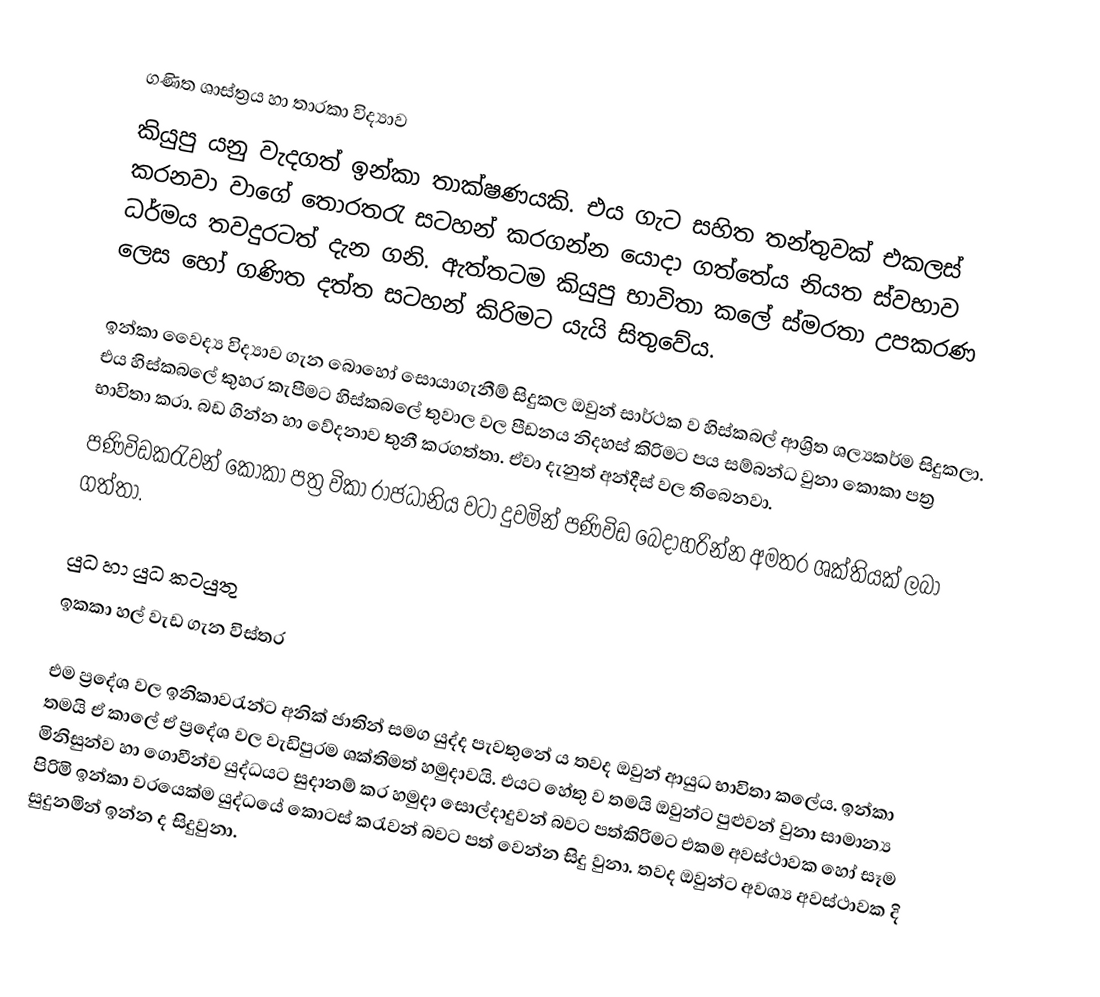
ගණිත ශාස්ත්‍රය ‍හා තාරකා විද්‍යාව
කියුපු යනු වැදගත් ඉන්කා තාක්ෂණයකි. එය ගැට සහිත තන්තුවක් එකලස් කරනවා වාගේ තොරතරැ සටහන් කරගන්න යොදා ගත්තේය නියත ස්වභාව ධර්මය තවදුරටත් දැන ගනි. ඇත්තටම කියුපු භාවිතා කලේ ස්මරතා උපකරණ ලෙස හෝ ගණිත දත්ත සටහන් කිරිමට යැයි සිතුවේය.

ඉන්කා වෛද්‍ය විද්‍යාව ගැන බොහෝ සොයාගැනීම් සිදුකල ඔවුන් සාර්ථක ව හිස්කබල් ආශ්‍රිත ශල්‍යකර්ම සිදුකලා. එය හිස්කබලේ කුහර කැපීමට හිස්කබලේ තුවාල වල පීඩනය නිදහස් කිරිමට පය සම්බන්ධ වුනා  කොකා පත්‍ර භාවිතා කරා. බඩ ගින්න හා වේදනාව තුනී  කරගත්තා. ඒවා දැනුත් අන්දීස් වල තිබෙනවා.
පණිවිඩකරැවන් කොකා පත්‍ර විකා රාජධානිය වටා දුවමින් පණිවිඩ බෙදාහරින්න අමතර ශක්තියක් ලබා ගත්තා.

යුධ හා යුධ කටයුතු
ඉකකා හල් වැඩ ගැන විස්තර

එම ප්‍රදේශ වල ඉනිකාවරැන්ට අනික් ජාතින් සමග යුද්ද පැවතුනේ ය තවද ඔවුන් ආයුධ භාවිතා කලේය. ඉන්කා තමයි ඒ කාලේ ඒ ප්‍රදේශ වල වැඩිපුරම ශක්තිමත් හමුදාවයි. එයට හේතු ව තමයි ඔවුන්ට පුළුවන් වුනා සාමාන්‍ය මිනිසුන්ව හා ගොවීන්ව යුද්ධයට සුදානම් කර හමුදා ‍සොල්දාදුවන් බවට පත්කිරිමට එකම අවස්ථාවක හෝ සෑම පිරිමි ඉන්කා වරයෙක්ම යුද්ධයේ ‍කොටස් කරැවන් බවට පත් වෙන්න සිදු වුනා. තවද ‍ඔවුන්ට අවශ්‍ය අවස්ථාවක දි සුදුනමින් ඉන්න ද සිදුවුනා.